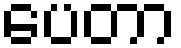
ပေတာ